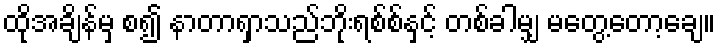
ထိုအချိန်မှ စ၍ နာတာရှာသည်ဘိုးရစ်စ်နှင့် တစ်ခါမျှ မတွေ့တော့ချေ။